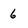
Character: 6